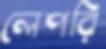
লেপরি